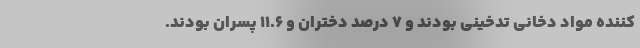
کننده مواد دخانی تدخینی بودند و 7 درصد دختران و 11.6 پسران بودند.